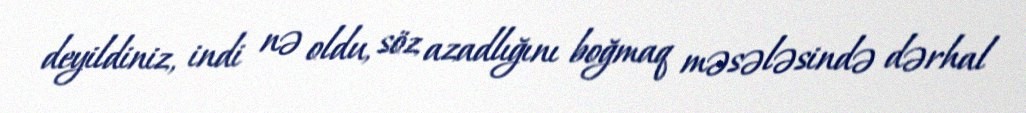
deyildiniz, indi nə oldu, söz azadlığını boğmaq məsələsində dərhal